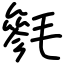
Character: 毿